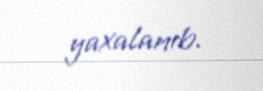
yaxalanıb.